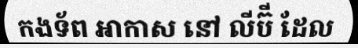
កងទ័ព អាកាស នៅ លីប៊ី ដែល